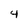
Character: 4